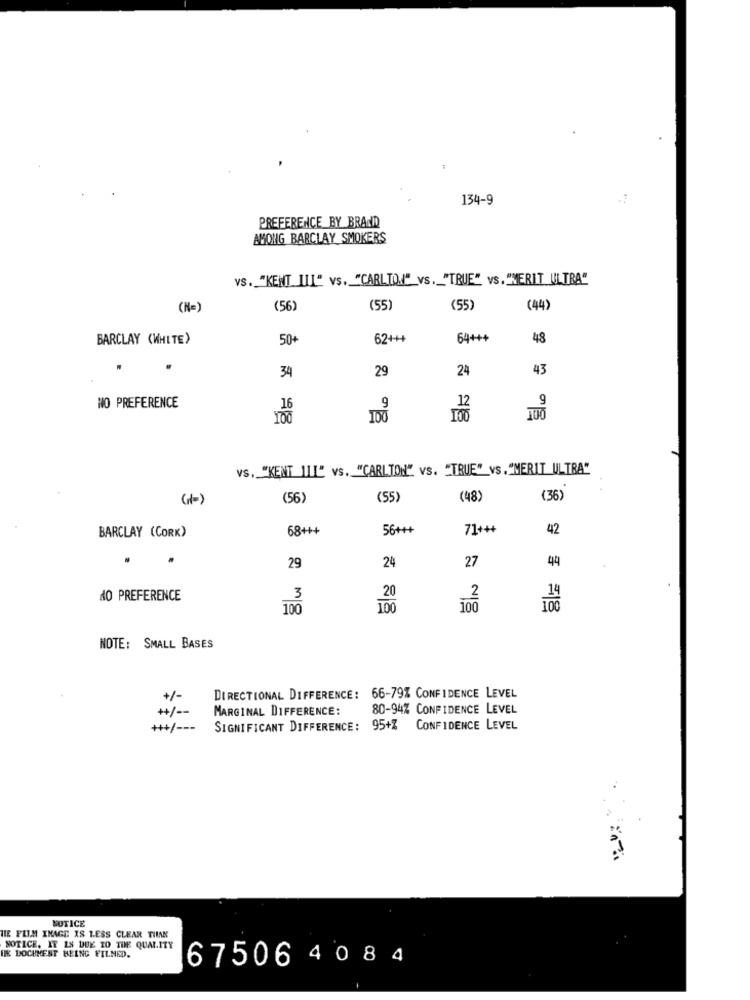
134-9
PREFERENCE BY BRAND
AMONG BARCLAY SMOKERS
VS. "KENT III" vs. "CARLTON"_VS ._ "TRUE" vs. "MERIT ULTRA"
(N=)
(56
(55)
(55)
(44)
BARCLAY (WHITE)
50
62+++
64+++
48
24
43
34
29
9
NO PREFERENCE
9
12
100
100
TOO
VS. "KENT ILL" vs. "CARLTON" vs. "TRUE" vs."MERIT ULTRA"
(56)
(55)
(48)
(36)
68+++
56+++
71+++
42
BARCLAY (CORK)
29
24
27
44
20
40 PREFERENCE
100
100
NOTE: SMALL BASES
DIRECTIONAL DIFFERENCE: 66-79% CONFIDENCE LEVEL
+/-
+/ --
MARGINAL DIFFERENCE:
80-94% CONFIDENCE LEVEL
+++/ ---
SIGNIFICANT DIFFERENCE: 95+% CONFIDENCE LEVEL
NOTICE
NIE FILM IMAGE IS LESS CLEAR THAN
NOTICE. IT IS DUE TO THE QUALITY
IE DOCUMENT BEING FILMED.
67506 40 8 4